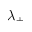
\lambda _ { + }